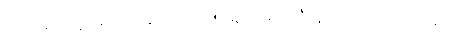
ဘယ်သူမှ ထိခိုက်ဒဏ်ရာမရဖို့မျှော်လင့်ကြစို့။